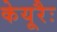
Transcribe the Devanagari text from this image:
केयूरैः